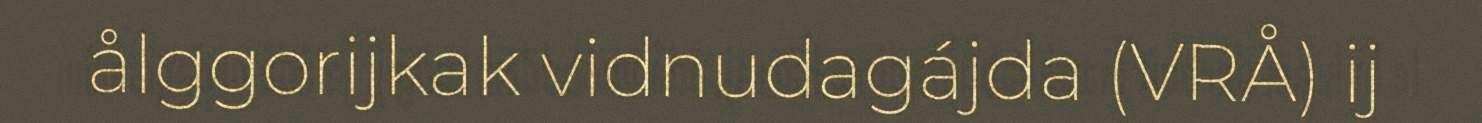
ålggorijkak vidnudagájda (VRÅ) ij